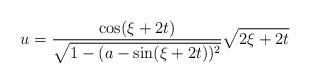
LaTeX: \begin{align*}u=\frac{\cos(\xi+2t)}{\sqrt{1-(a-\sin(\xi+2t))^2}}\sqrt{2\xi+2t}\end{align*}